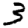
Digit: 3